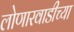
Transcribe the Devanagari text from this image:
लोणारवाडीच्या